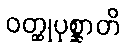
ဝတ္ထုပုစ္ဆာတိ